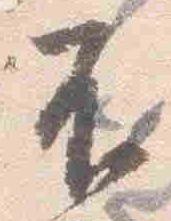
不